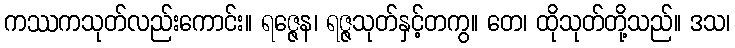
ကဿကသုတ်လည်းကောင်း။ ရဇ္ဇေန၊ ရဇ္ဇသုတ်နှင့်တကွ။ တေ၊ ထိုသုတ်တို့သည်။ ဒသ၊